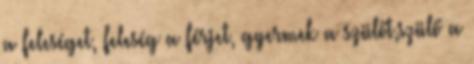
a feleséget, feleség a férjet, gyermek a szülőt,szülő a